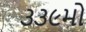
૩૩૯મો